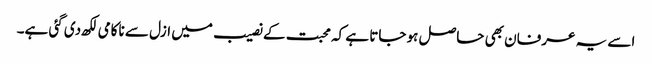
اسے یہ عرفان بھی حاصل ہو جاتا ہے کہ محبت کے نصیب میں ازل سے ناکامی لکھ دی گئی ہے۔